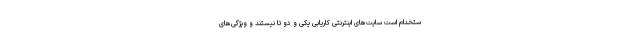
ستخدام است سایت‌های اینترنتی کاریابی یکی و دو تا نیستند و ویژگی‌های